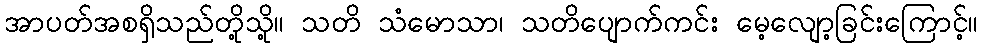
အာပတ်အစရှိသည်တို့သို့။ သတိ သံမောသာ၊ သတိပျောက်ကင်း မေ့လျော့ခြင်းကြောင့်။